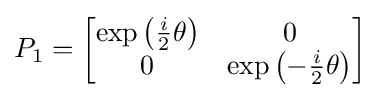
P_{1}={\begin{bmatrix}\exp \left({\frac {i}{2}}\theta \right)&0\\0&\exp \left(-{\frac {i}{2}}\theta \right)\end{bmatrix}}